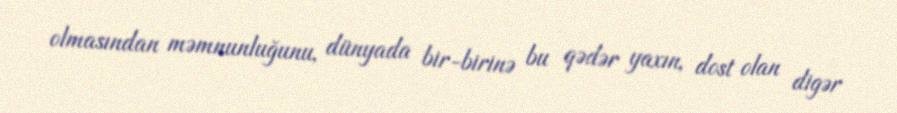
olmasından məmnunluğunu, dünyada bir-birinə bu qədər yaxın, dost olan digər